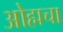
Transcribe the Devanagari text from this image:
ओह्मचा